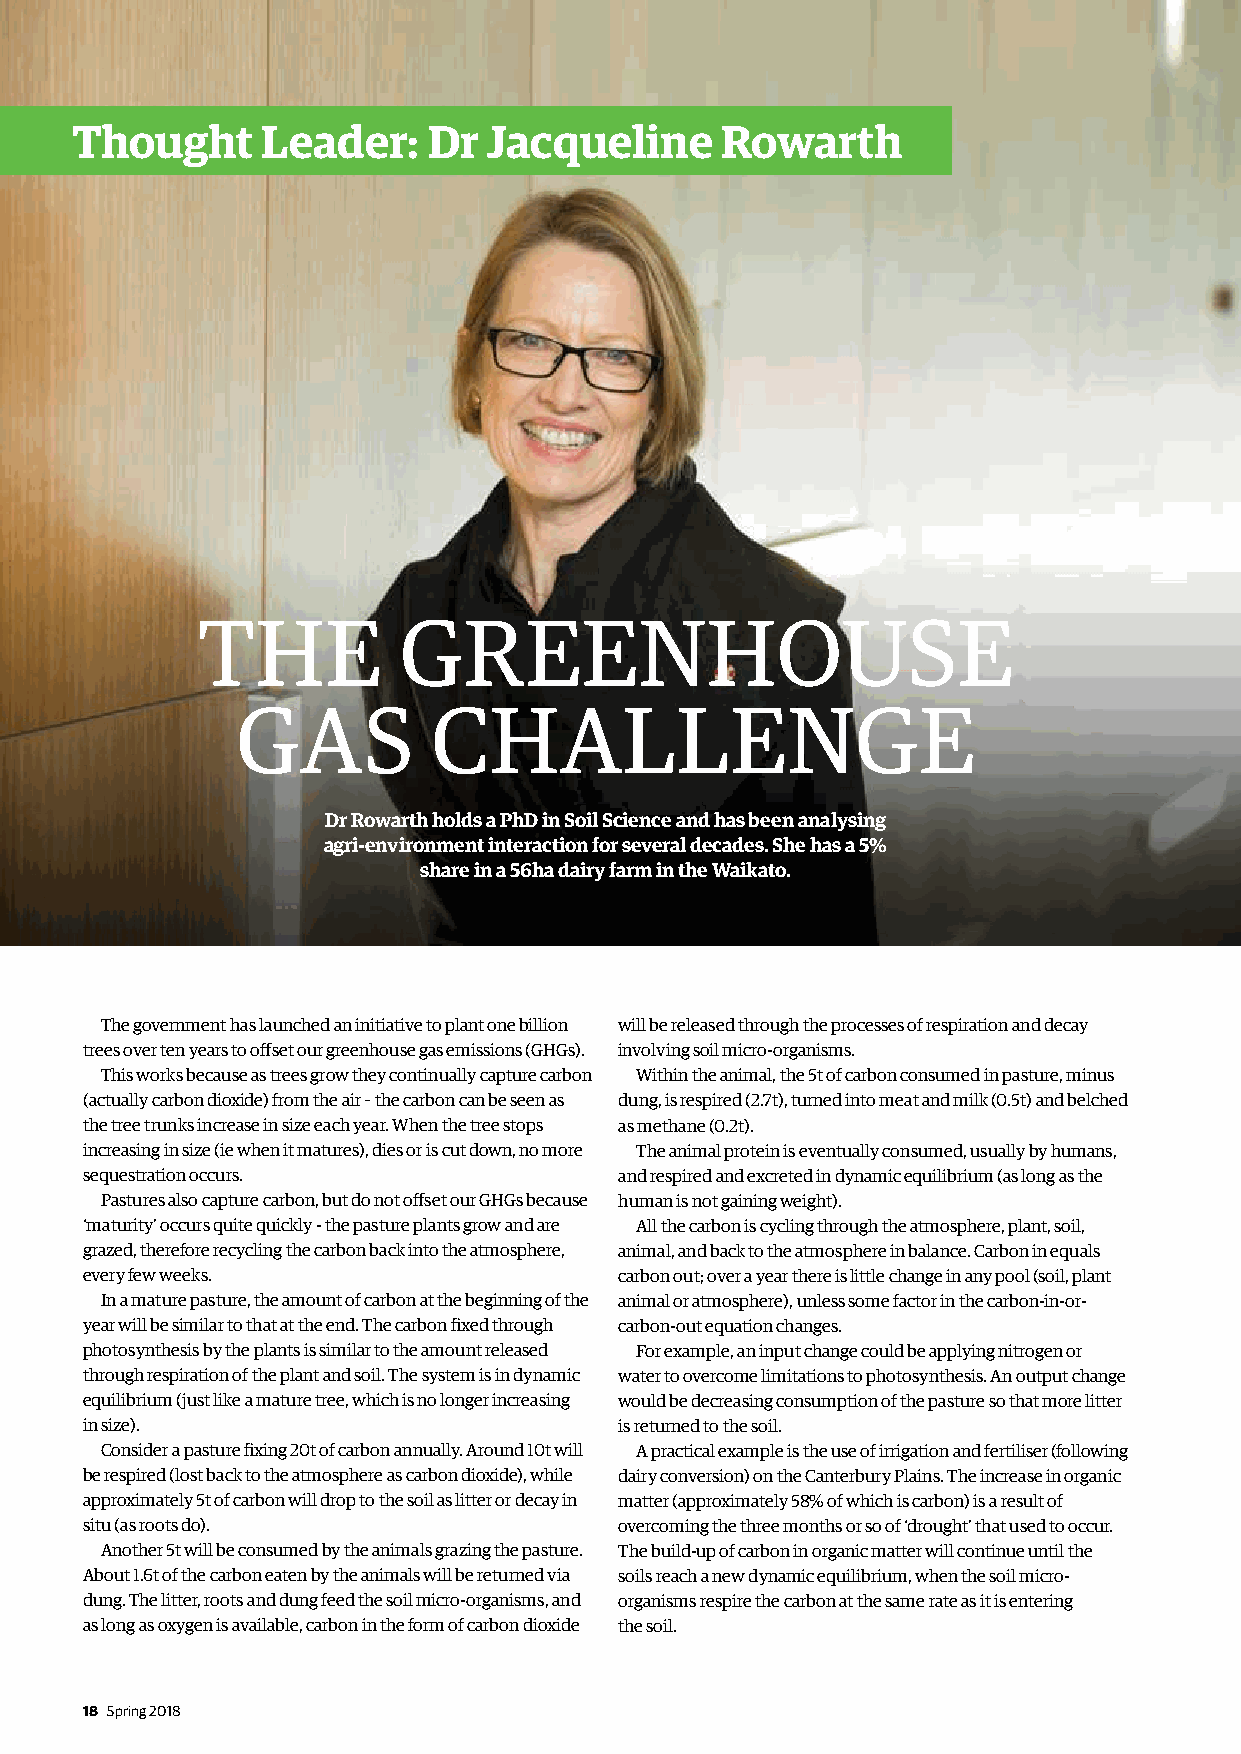
Thought     Leader:    Dr  Jacqueline      Rowarth
 THE          GREENHOUSE
 GAS          CHALLENGE
 Dr Rowarth holds a PhD in Soil Science and has been analysing
 agri-environment interaction for several decades. She has a 5%
 share in a 56ha dairy farm in the Waikato.
 The government has launched an initiative to plant one billion will be released through the processes of respiration and decay
 trees over ten years to offset our greenhouse gas emissions (GHGs). involving soil micro-organisms.
 This works because as trees grow they continually capture carbon Within the animal, the 5t of carbon consumed in pasture, minus
 (actually carbon dioxide) from the air – the carbon can be seen as dung, is respired (2.7t), turned into meat and milk (0.5t) and belched
 the tree trunks increase in size each year. When the tree stops as methane (0.2t).
 increasing in size (ie when it matures), dies or is cut down, no more The animal protein is eventually consumed, usually by humans,
 sequestration occurs.               and respired and excreted in dynamic equilibrium (as long as the
 Pastures also capture carbon, but do not offset our GHGs because human is not gaining weight).
 ‘maturity’ occurs quite quickly - the pasture plants grow and are All the carbon is cycling through the atmosphere, plant, soil,
 grazed, therefore recycling the carbon back into the atmosphere, animal, and back to the atmosphere in balance. Carbon in equals
 every few weeks.                    carbon out; over a year there is little change in any pool (soil, plant
 In a mature pasture, the amount of carbon at the beginning of the animal or atmosphere), unless some factor in the carbon-in-or-
 year will be similar to that at the end. The carbon fixed through carbon-out equation changes.
 photosynthesis by the plants is similar to the amount released For example, an input change could be applying nitrogen or
 through respiration of the plant and soil. The system is in dynamic water to overcome limitations to photosynthesis. An output change
 equilibrium (just like a mature tree, which is no longer increasing would be decreasing consumption of the pasture so that more litter
 in size).                           is returned to the soil.
 Consider a pasture fixing 20t of carbon annually. Around 10t will A practical example is the use of irrigation and fertiliser (following
 be respired (lost back to the atmosphere as carbon dioxide), while dairy conversion) on the Canterbury Plains. The increase in organic
 approximately 5t of carbon will drop to the soil as litter or decay in matter (approximately 58% of which is carbon) is a result of
 situ (as roots do).                 overcoming the three months or so of ‘drought’ that used to occur.
 Another 5t will be consumed by the animals grazing the pasture. The build-up of carbon in organic matter will continue until the
 About 1.6t of the carbon eaten by the animals will be returned via soils reach a new dynamic equilibrium, when the soil micro-
 dung. The litter, roots and dung feed the soil micro-organisms, and organisms respire the carbon at the same rate as it is entering
 as long as oxygen is available, carbon in the form of carbon dioxide the soil.
 18 Spring 2018